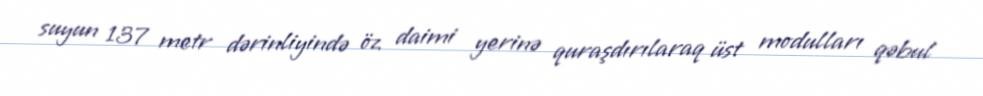
suyun 137 metr dərinliyində öz daimi yerinə quraşdırılaraq üst modulları qəbul